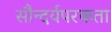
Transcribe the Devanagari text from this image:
सौन्दर्यपरकता